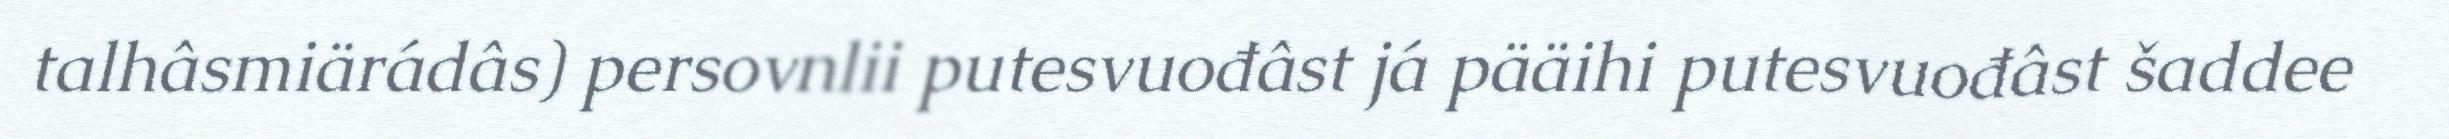
talhâsmiärádâs) persovnlii putesvuođâst já pääihi putesvuođâst šaddee